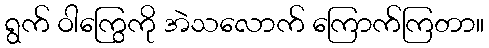
ရွက် ဝါကြွေကို အဲသလောက် ကြောက်ကြတာ။